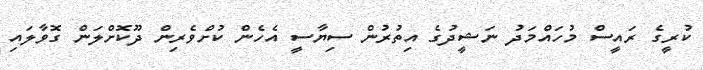
ކުރީގެ ރައީސް މުހައްމަދު ނަޝީދުގެ އިތުރުން ސިޔާސީ އެހެން ކުށްވެރިން ދޫކޮށްލަން ގޮވާލައި